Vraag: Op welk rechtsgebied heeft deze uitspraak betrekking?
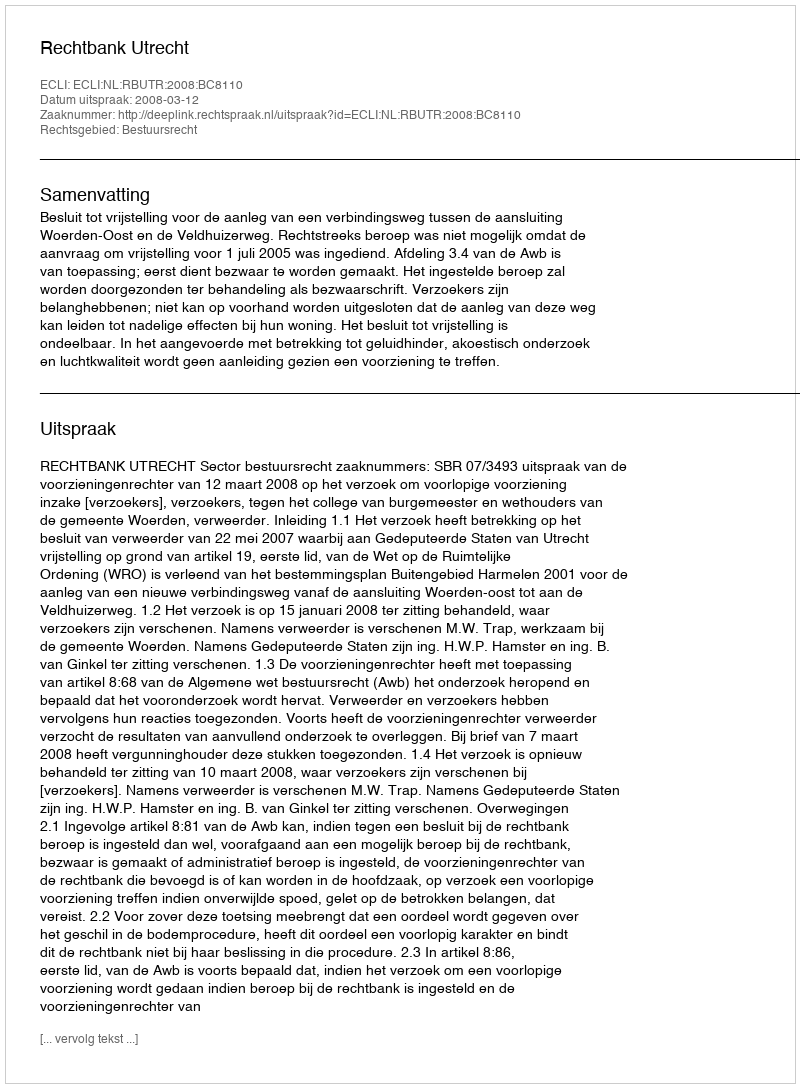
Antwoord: Bestuursrecht